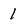
Character: 1